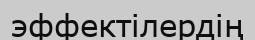
эффектілердің